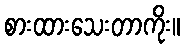
စားထားသေးတာကိုး။